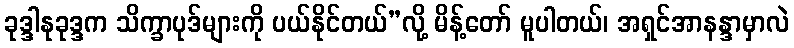
ခုဒ္ဒါနုခုဒ္ဒက သိက္ခာပုဒ်များကို ပယ်နိုင်တယ်”လို့ မိန့်တော် မူပါတယ်၊ အရှင်အာနန္ဒာမှာလဲ